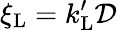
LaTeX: \xi_{\mathrm{L}}=k_{\mathrm{L}}^{\prime}\mathcal{D}